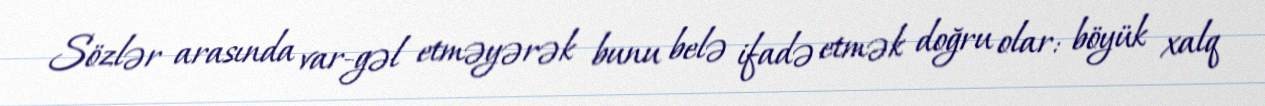
Sözlər arasında var-gəl etməyərək bunu belə ifadə etmək doğru olar: böyük xalq